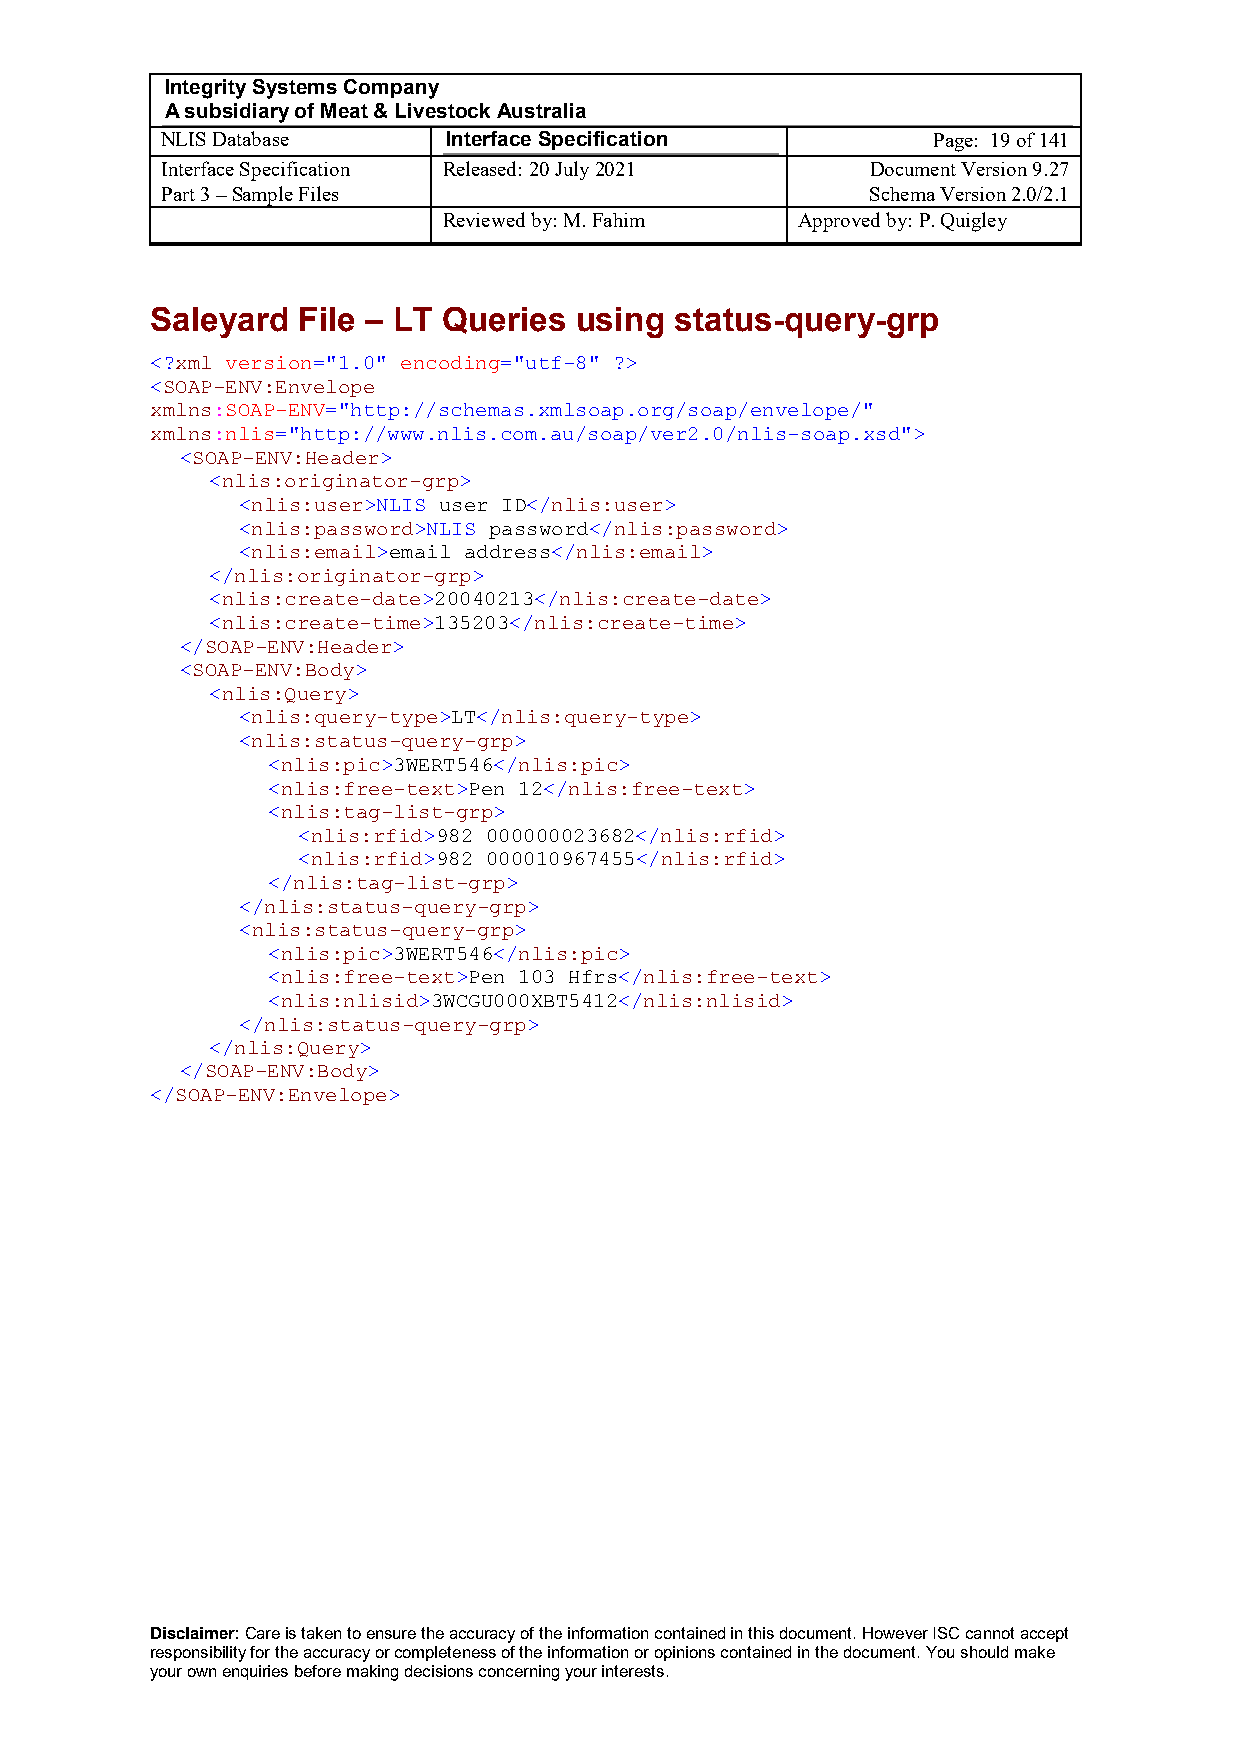
Integrity Systems Company
 A subsidiary of Meat & Livestock Australia
 NLIS Database      Interface Specification         Page: 19 of 141
 Interface Specification Released: 20 July 2021 Document Version 9.27
 Part 3 – Sample Files                          Schema Version 2.0/2.1
 Reviewed by: M. Fahim   Approved by: P. Quigley
 Saleyard  File – LT Queries using  status-query-grp
 <?xml version="1.0" encoding="utf-8" ?>
 <SOAP-ENV:Envelope
 xmlns:SOAP-ENV="http://schemas.xmlsoap.org/soap/envelope/"
 xmlns:nlis="http://www.nlis.com.au/soap/ver2.0/nlis-soap.xsd">
 <SOAP-ENV:Header>
 <nlis:originator-grp>
 <nlis:user>NLIS user ID</nlis:user>
 <nlis:password>NLIS password</nlis:password>
 <nlis:email>email address</nlis:email>
 </nlis:originator-grp>
 <nlis:create-date>20040213</nlis:create-date>
 <nlis:create-time>135203</nlis:create-time>
 </SOAP-ENV:Header>
 <SOAP-ENV:Body>
 <nlis:Query>
 <nlis:query-type>LT</nlis:query-type>
 <nlis:status-query-grp>
 <nlis:pic>3WERT546</nlis:pic>
 <nlis:free-text>Pen 12</nlis:free-text>
 <nlis:tag-list-grp>
 <nlis:rfid>982 000000023682</nlis:rfid>
 <nlis:rfid>982 000010967455</nlis:rfid>
 </nlis:tag-list-grp>
 </nlis:status-query-grp>
 <nlis:status-query-grp>
 <nlis:pic>3WERT546</nlis:pic>
 <nlis:free-text>Pen 103 Hfrs</nlis:free-text>
 <nlis:nlisid>3WCGU000XBT5412</nlis:nlisid>
 </nlis:status-query-grp>
 </nlis:Query>
 </SOAP-ENV:Body>
 </SOAP-ENV:Envelope>
 Disclaimer: Care is taken to ensure the accuracy of the information contained in this document. However ISC cannot accept
 responsibility for the accuracy or completeness of the information or opinions contained in the document. You should make
 your own enquiries before making decisions concerning your interests.